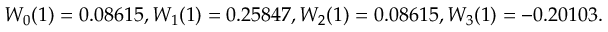
W _ { 0 } ( 1 ) = 0 . 0 8 6 1 5 , W _ { 1 } ( 1 ) = 0 . 2 5 8 4 7 , W _ { 2 } ( 1 ) = 0 . 0 8 6 1 5 , W _ { 3 } ( 1 ) = - 0 . 2 0 1 0 3 .